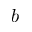
\boldsymbol { b }